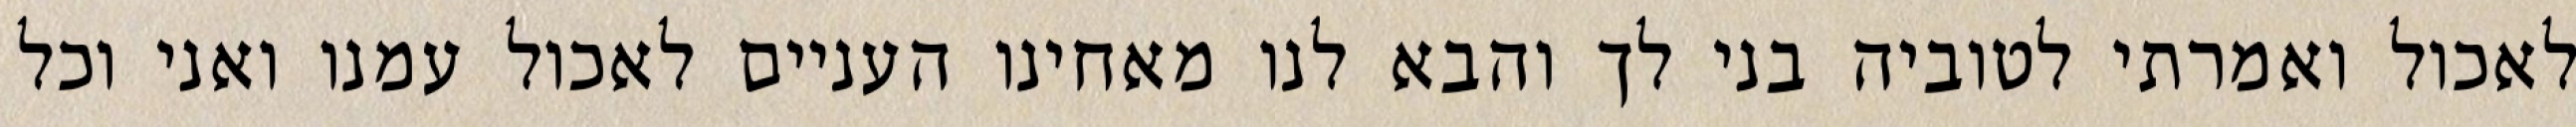
לאכול ואמרתי לטוביה בני לך והבא לנו מאחינו העניים לאכול עמנו ואני וכל